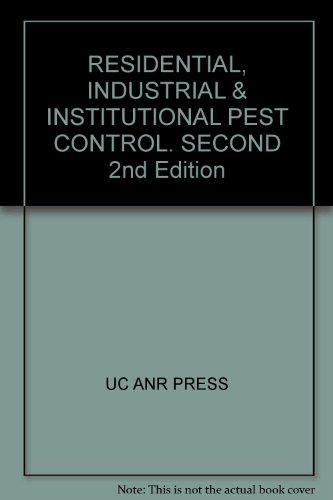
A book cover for RESIDENTIAL, INDUSTRIAL & INSTITUTIONAL PEST CONTROL. SECOND 2nd Edition; UC ANR PRESS; Crafts, Hobbies & Home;